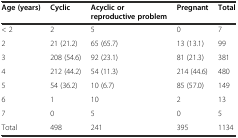
<table><thead><tr><td><b>Age (years)</b></td><td><b>Cyclic</b></td><td><b>Acyclic or reproductive problem</b></td><td><b>Pregnant</b></td><td><b>Total</b></td></tr></thead><tbody><tr><td>&lt; 2</td><td>2</td><td>5</td><td>0</td><td>7</td></tr><tr><td>2</td><td>21 (21.2)</td><td>65 (65.7)</td><td>13 (13.1)</td><td>99</td></tr><tr><td>3</td><td>208 (54.6)</td><td>92 (23.1)</td><td>81 (21.3)</td><td>381</td></tr><tr><td>4</td><td>212 (44.2)</td><td>54 (11.3)</td><td>214 (44.6)</td><td>480</td></tr><tr><td>5</td><td>54 (36.2)</td><td>10 (6.7)</td><td>85 (57.0)</td><td>149</td></tr><tr><td>6</td><td>1</td><td>10</td><td>2</td><td>13</td></tr><tr><td>7</td><td>0</td><td>5</td><td>0</td><td>5</td></tr><tr><td>Total</td><td>498</td><td>241</td><td>395</td><td>1134</td></tr></tbody></table>